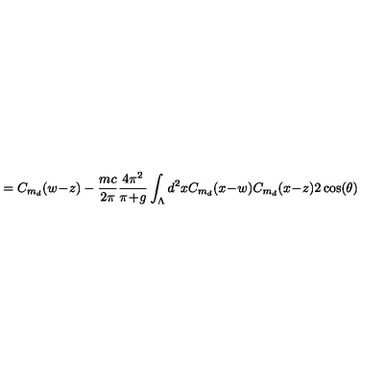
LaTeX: = C _ { m _ { d } } ( w \! - \! z ) - \frac { m c } { 2 \pi } \frac { 4 \pi ^ { 2 } } { \pi \! + \! g } \int _ { \Lambda } d ^ { 2 } x C _ { m _ { d } } ( x \! - \! w ) C _ { m _ { d } } ( x \! - \! z ) 2 \cos ( \theta )